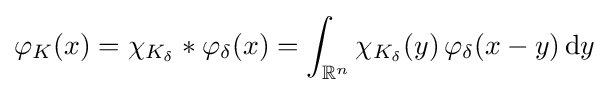
\varphi _{K}(x)={\chi _{K_{\delta }}\ast \varphi _{\delta }(x)}=\int _{\mathbb {R} ^{n}}\chi _{K_{\delta }}(y)\,\varphi _{\delta }(x-y)\,\mathrm {d} y